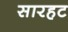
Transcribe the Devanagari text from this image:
सारहट